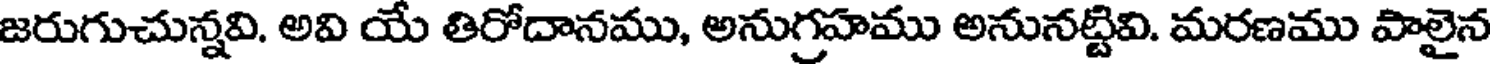
జరుగుచున్నవి. అవి యే తిరోదానము, అనుగ్రహము అనునట్టివి. మరణము పాలైన